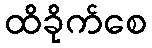
ထိခိုက်စေ